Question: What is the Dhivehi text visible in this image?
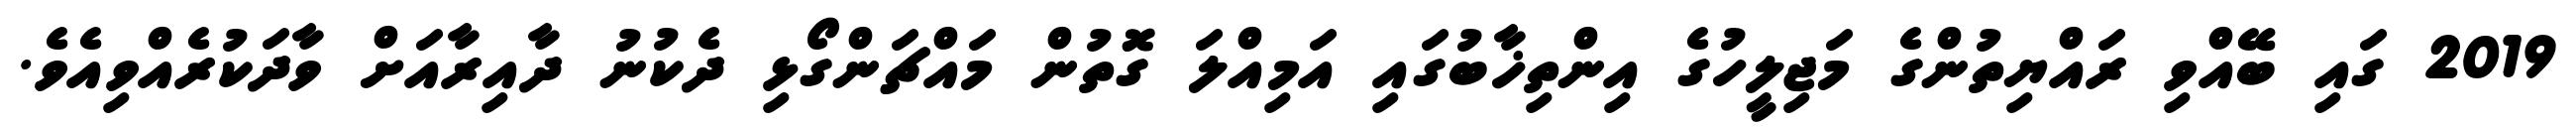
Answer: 2019 ގައި ބޭއްވި ރައްޔިތުންގެ މަޖިލީހުގެ އިންތިޚާބުގައި އަމިއްލަ ގޮތުން މައްޗަންގޯޅި ދެކުނު ދާއިރާއަށް ވާދަކުރެއްވިއެވެ.